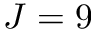
J = 9